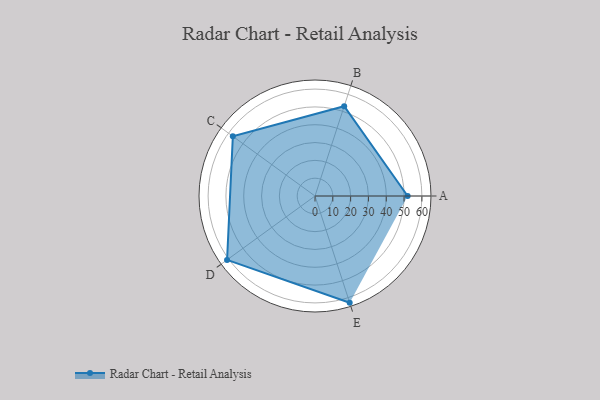
{"axis": {"x": "Skill", "y": "Score"}, "legend": ["Profile"], "data": [{"x": "A", "y": 52.0, "type": "Profile"}, {"x": "B", "y": 53.0, "type": "Profile"}, {"x": "C", "y": 57.0, "type": "Profile"}, {"x": "D", "y": 61.0, "type": "Profile"}, {"x": "E", "y": 63.0, "type": "Profile"}]}